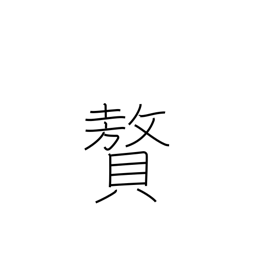
Meaning: luxury